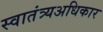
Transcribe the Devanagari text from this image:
स्वातंत्र्यअधिकार